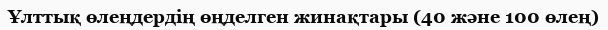
Ұлттық өлеңдердің өңделген жинақтары (40 және 100 өлең)